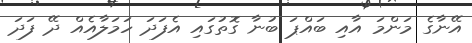
އޭނާގެ މަންމަ އާއި ބައްޕަ ބުނާ ގޮތުގައި އެފަދަ ހަމަލާއެއް ދޭ ފަދަ